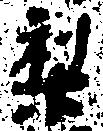
梨